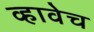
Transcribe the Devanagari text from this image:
व्हावेच